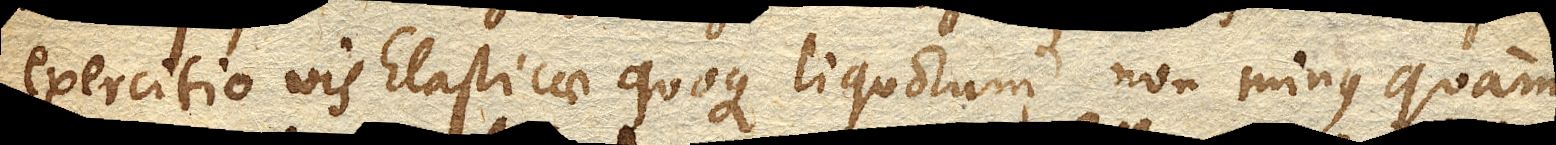
exercitio vis Elasticae quoque liquorum non minus quam